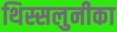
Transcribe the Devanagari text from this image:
थिस्सलुनीका